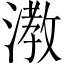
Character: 漖